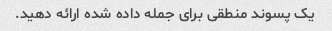
یک پسوند منطقی برای جمله داده شده ارائه دهید.